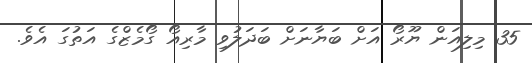
35 މިލިއަން ޔޫރޯ އަށް ބަޔާނަށް ބަދަލުވި މާރިއޯ ގޯމެޒްގެ އަތުގަ އެވެ.